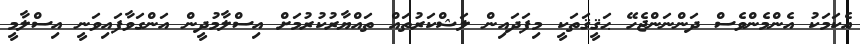
އެކަމަކު އެންމެންވެސް ދަންނަންޖެހޭ ޙަޤީޤަތަކީ މިފަދައިން ލަޝްކަރުތައް ތައްޔާރުކުރުމަށް އިސްލާމުދީން އަންގަވާފައިވަނީ އިސްލާމީ